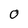
Character: O